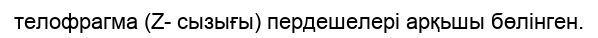
телофрагма (Z- сызығы) пердешелері арқьшы бөлінген.